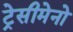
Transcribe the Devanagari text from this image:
ट्रेसीमेनो